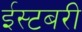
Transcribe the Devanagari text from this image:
ईस्टबरी